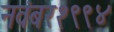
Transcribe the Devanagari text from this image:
नवंबर१९९४